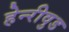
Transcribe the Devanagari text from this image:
हेन्‍रीवुड